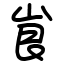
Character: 峎